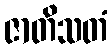
ဇာတိသတံ